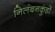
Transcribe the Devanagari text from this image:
निलंबनकुंडों